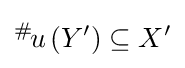
{}^{\#\!}u\left(Y^{\prime }\right)\subseteq X^{\prime }